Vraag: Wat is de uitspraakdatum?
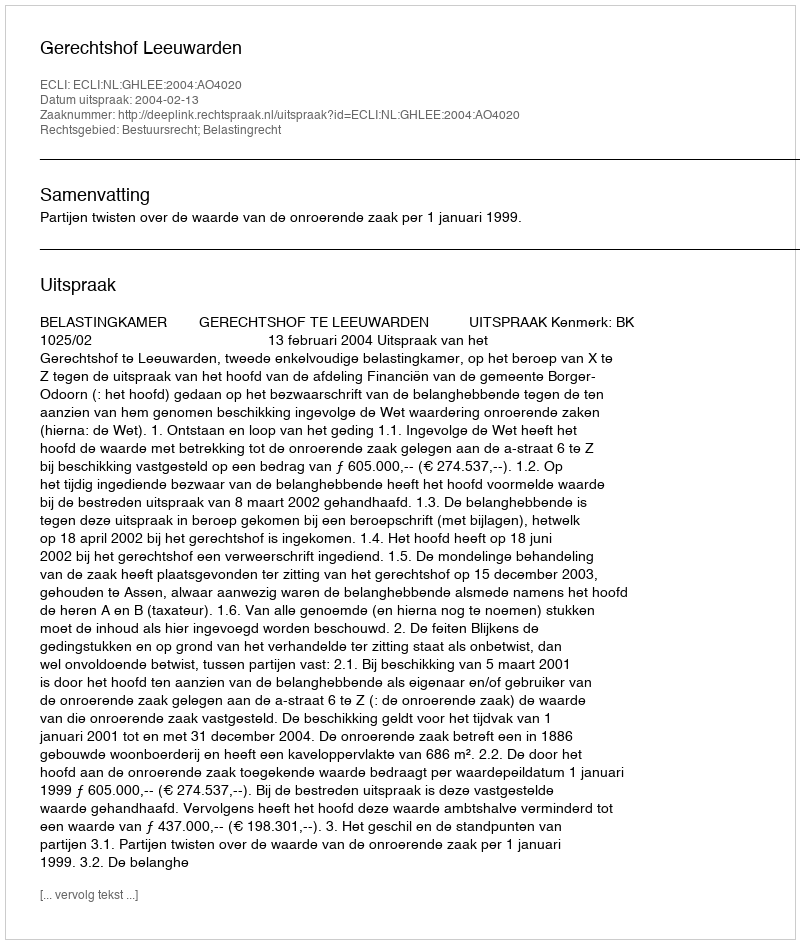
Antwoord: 2004-02-13